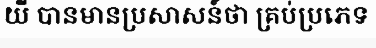
យី បានមានប្រសាសន៍ថា គ្រប់ប្រភេទ